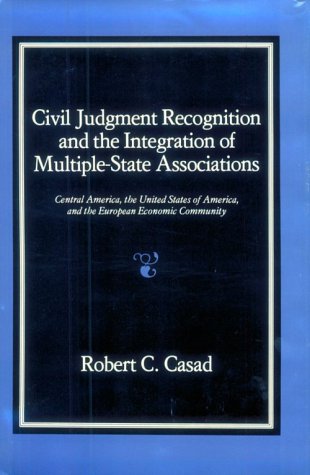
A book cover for Civil Judgment Recognition and the Integration of Multiple-State Associations: Central America, the United States of America, and the European Economic Community; Robert C. Casad; Law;